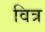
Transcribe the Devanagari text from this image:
वित्र